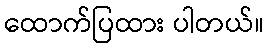
ထောက်ပြထား ပါတယ်။